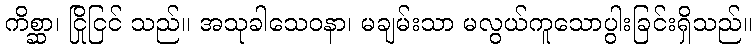
ကိစ္ဆာ၊ ငြိုငြင် သည်။ အသုခါသေဝနာ၊ မချမ်းသာ မလွယ်ကူသောပွါးခြင်းရှိသည်။